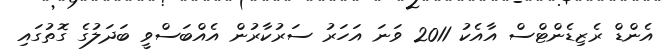
އެންޑް ރެޒިޑެންޓްސް އާއެކު 2011 ވަނަ އަހަރު ސަރުކާރުން އެއްބަސްވީ ބަދަލުގެ ގޮތުގައި